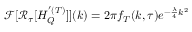
\mathcal { F } [ \mathcal { R } _ { \tau } [ H _ { Q } ^ { ' ( T ) } ] ] ( k ) = 2 \pi f _ { T } ( k , \tau ) e ^ { - \frac { \lambda } { 4 } k ^ { 2 } }